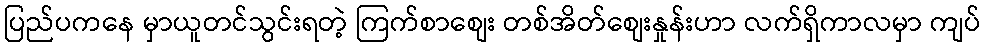
ပြည်ပကနေ မှာယူတင်သွင်းရတဲ့ ကြက်စာစျေး တစ်အိတ်စျေးနှုန်းဟာ လက်ရှိကာလမှာ ကျပ်